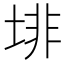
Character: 𱖾